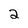
Character: 2